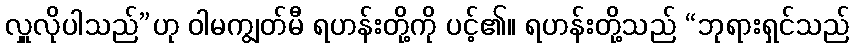
လှူလိုပါသည်”ဟု ဝါမကျွတ်မီ ရဟန်းတို့ကို ပင့်၏။ ရဟန်းတို့သည် “ဘုရားရှင်သည်